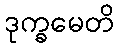
ဒုက္ခမေတိ